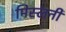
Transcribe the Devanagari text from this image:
मिस्लनी